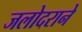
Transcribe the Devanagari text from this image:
जलोदराने